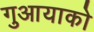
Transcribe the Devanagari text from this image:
गुआयाको